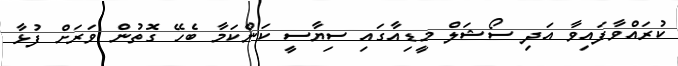
ކުރައްވާފައިވާ އަދި ސޯޝަލް މީޑިއާގައި ސިޔާސީ ކަންކަމާ ބެހޭ ގޮތުން ވަރަށް ފުޅާ